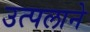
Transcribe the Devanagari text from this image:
उत्पलाने